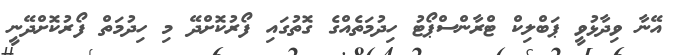
އޭނާ ވިދާޅުވީ ޕަބްލިކް ޓްރާންސްޕޯޓު ހިދުމަތެއްގެ ގޮތުގައި ފޯރުކޮށްދޭ މި ހިދުމަތް ފޯރުކޮށްދޭނީ